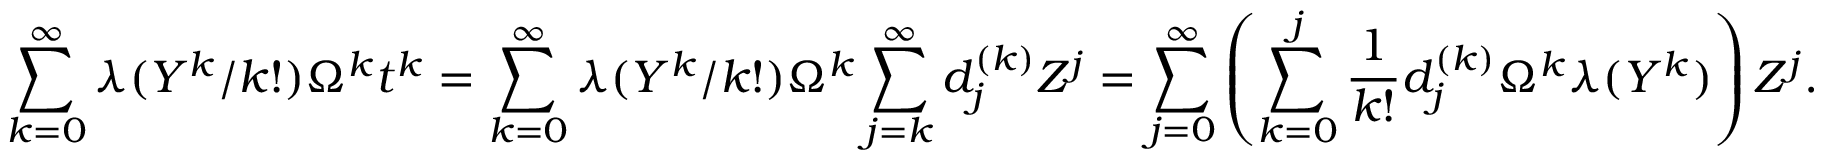
\sum _ { k = 0 } ^ { \infty } \lambda ( Y ^ { k } / k ! ) \Omega ^ { k } t ^ { k } = \sum _ { k = 0 } ^ { \infty } \lambda ( Y ^ { k } / k ! ) \Omega ^ { k } \sum _ { j = k } ^ { \infty } d _ { j } ^ { ( k ) } Z ^ { j } = \sum _ { j = 0 } ^ { \infty } \left( \sum _ { k = 0 } ^ { j } \frac { 1 } { k ! } d _ { j } ^ { ( k ) } \Omega ^ { k } \lambda ( Y ^ { k } ) \right) Z ^ { j } .